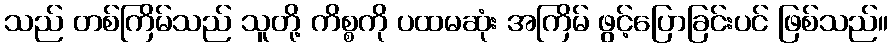
သည် တစ်ကြိမ်သည် သူတို့ ကိစ္စကို ပထမဆုံး အကြိမ် ဖွင့်ပြောခြင်းပင် ဖြစ်သည်။